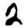
Digit: 2